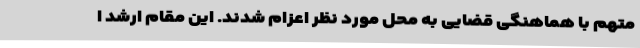
متهم با هماهنگی قضایی به محل مورد نظر اعزام شدند. این مقام ارشد ا